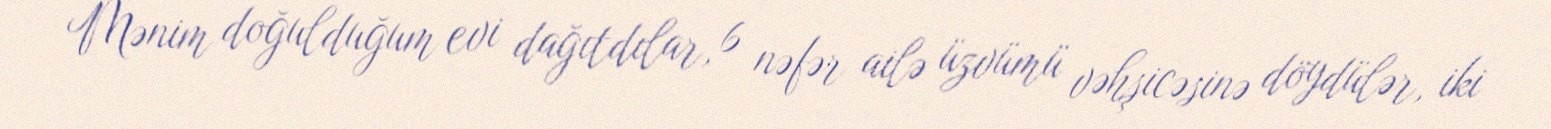
Mənim doğulduğum evi dağıtdılar, 6 nəfər ailə üzvümü vəhşicəsinə döydülər, iki